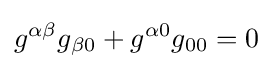
g^{\alpha \beta }g_{\beta 0}+g^{\alpha 0}g_{00}=0